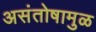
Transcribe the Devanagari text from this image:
असंतोषामुळ